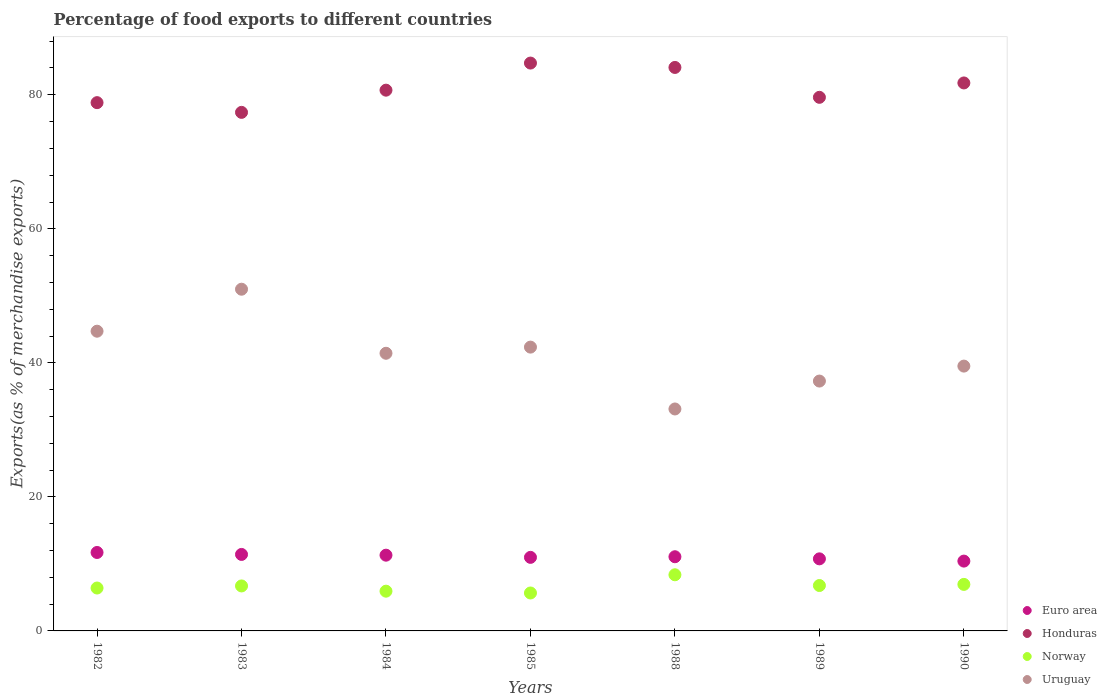
| Years | Euro area | Honduras | Norway | Uruguay |
 | --- | --- | --- | --- | --- |
 | 1982 | 11.7 | 78.8 | 6.4 | 44.7 |
 | 1983 | 11.4 | 77.4 | 6.71 | 51 |
 | 1984 | 11.3 | 80.7 | 5.93 | 41.4 |
 | 1985 | 11 | 84.7 | 5.66 | 42.3 |
 | 1988 | 11.1 | 84.1 | 8.38 | 33.1 |
 | 1989 | 10.8 | 79.6 | 6.77 | 37.3 |
 | 1990 | 10.4 | 81.8 | 6.94 | 39.5 |